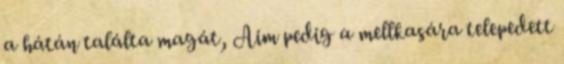
a hátán találta magát, Aim pedig a mellkasára telepedett